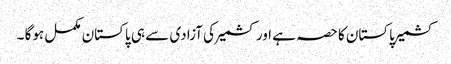
کشمیر پاکستان کا حصہ ہے اور کشمیر کی آزادی سے ہی پاکستان مکمل ہوگا ۔